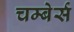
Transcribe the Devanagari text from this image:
चम्बेर्स